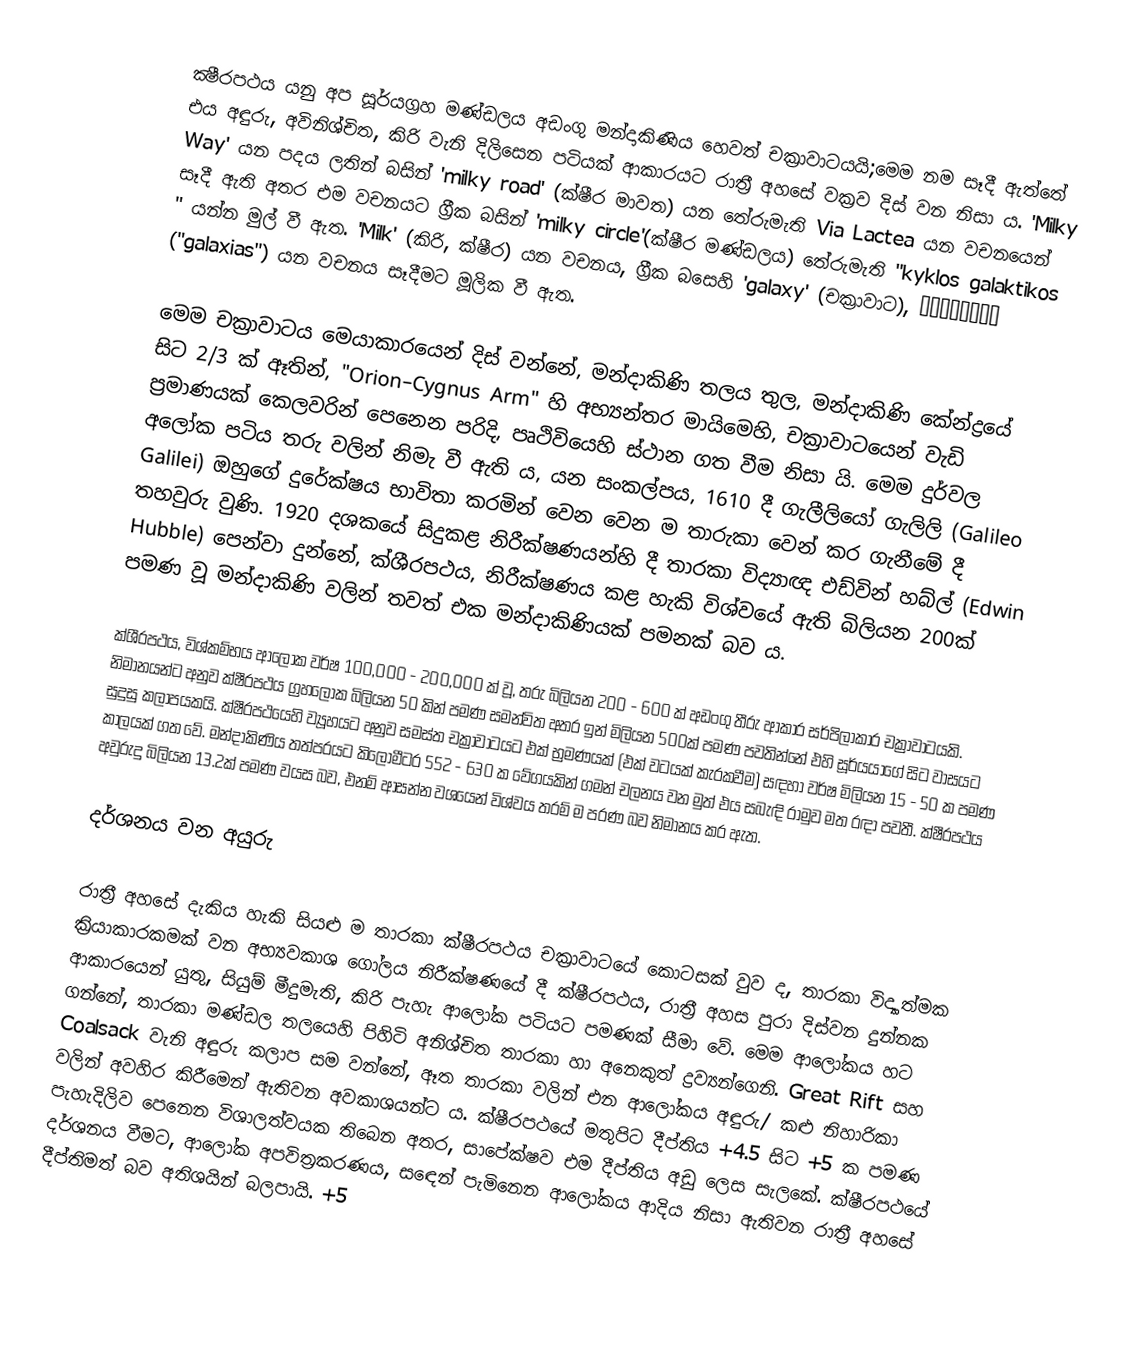
ක්‍ෂීරපථය  යනු අප සූර්යග්‍රහ මණ්ඩලය අඩංගු මන්දාකිණිය හෙවත් චක්‍රාවාටයයි;මෙම නම සෑදී ඇත්තේ එය අඳුරු, අවිනිශ්චිත, කිරි වැනි දිලිසෙන පටියක් ආකාරයට රාත්‍රී අහසේ වක්‍රව දිස් වන නිසා ය. 'Milky Way'  යන පදය ලතින් බසින් 'milky road' (ක්ෂීර මාවත) යන තේරුමැති Via Lactea යන වචනයෙන් සෑදී ඇති අතර එම වචනයට ග්‍රීක බසින් 'milky circle'(ක්ෂීර මණ්ඩලය) තේරුමැති "kyklos galaktikos " යන්න මුල් වී ඇත. 'Milk' (කිරි, ක්ෂීර) යන වචනය, ග්‍රීක බසෙහි 'galaxy' (චක්‍රාවාට), γαλαξίας ("galaxias") යන වචනය සෑදීමට මූලික වී ඇත.

මෙම චක්‍රාවාටය මෙයාකාරයෙන් දිස් වන්නේ, මන්දාකිණි තලය තුල, මන්දාකිණි කේන්ද්‍රයේ සිට 2/3 ක් ඈතින්, "Orion–Cygnus Arm"  හි අභ්‍යන්තර මායිමෙහි, චක්‍රාවාටයෙන් වැඩි ප්‍රමාණයක් කෙලවරින් පෙනෙන පරිදි, පෘථිවියෙහි ස්ථාන ගත වීම නිසා යි. මෙම දුර්වල අලෝක පටිය තරු වලින් නිමැ වී ඇති ය, යන සංකල්පය, 1610 දී ගැලීලියෝ ගැලිලි (Galileo Galilei) ඔහුගේ දුරේක්ෂය භාවිතා කරමින් වෙන වෙන ම තාරුකා වෙන් කර ගැනීමේ දී තහවුරු වුණි. 1920 දශකයේ සිදුකළ නිරීක්ෂණයන්හි දී තාරකා විද්‍යාඥ එඩ්වින් හබ්ල් (Edwin Hubble) පෙන්වා දුන්නේ, ක්ශීරපථය, නිරීක්ෂණය කළ හැකි විශ්වයේ ඇති බිලියන 200ක් පමණ වූ මන්දාකිණි වලින් තවත් එක මන්දාකිණියක් පමනක් බව ය.

ක්ශීරපථය, විශ්කම්භය ආලෝක වර්ෂ 100,000 - 200,000 ක් වූ, තරු බිලියන 200 - 600 ක් අඩංගු තීරු ආකාර සර්පිලාකාර චක්‍රාවාටයකි. නිමානයන්ට අනුව ක්ෂීරපථය ග්‍රහලෝක බිලියන 50 කින් පමණ සමන්විත අතර ඉන් මිලියන 500ක් පමණ පවතින්නේ එහි සූර්යයාගේ සිට වාසයට සුදුසු කලාපයකයි. ක්ෂීරපථයෙහි ව්‍යූහයට අනුව සමස්ත චක්‍රාවාටයට එක් භ්‍රමණයක් (එක් වටයක් කැරකවීම) සඳහා වර්ෂ මිලියන 15 - 50 ක පමණ කාලයක් ගත වේ. මන්දාකිණිය තත්පරයට කිලෝමීටර 552 - 630 ක වේගයකින් ගමන් චලනය වන මුත් එය සබැඳි රාමුව මත රඳා පවතී. ක්ෂීරපථය අවුරුදු බිලියන 13.2ක් පමණ වයස බව, එනම් ආසන්න වශයෙන් විශ්වය තරම් ම පරණ බව නිමානය කර ඇත.

දර්ශනය වන අයුරු

රාත්‍රී අහසේ දැකිය හැකි සියළු ම තාරකා ක්ෂීරපථය චක්‍රාවාටයේ කොටසක් වුව ද, තාරකා විද්‍යාත්මක ක්‍රියාකාරකමක් වන අභ්‍යවකාශ ගෝලය නිරීක්ෂණයේ දී ක්ෂීරපථය,  රාත්‍රී අහස පුරා දිස්වන දුන්නක ආකාරයෙන් යුතු, සියුම් මීදුමැති, කිරි පැහැ ආලෝක පටියට පමණක් සීමා වේ. මෙම ආලෝකය හට ගන්නේ, තාරකා මණ්ඩල තලයෙහි පිහිටි අනිශ්චිත තාරකා හා අනෙකුත් ද්‍රව්‍යන්ගෙනි. Great Rift සහ Coalsack වැනි අඳුරු කලාප සම වන්නේ, ඈත තාරකා වලින් එන ආලෝකය අඳුරු/ කළු නිහාරිකා වලින් අවහිර කිරීමෙන් ඇතිවන අවකාශයන්ට ය. ක්ෂීරපථයේ මතුපිට දීප්තිය +4.5 සිට +5 ක පමණ පැහැදිලිව පෙනෙන විශාලත්වයක තිබෙන අතර, සාපේක්ෂව එම දීප්තිය අඩු ලෙස සැලකේ. ක්ෂීරපථයේ දර්ශනය වීමට, ආලෝක අපවිත්‍රකරණය, සඳෙන් පැමිනෙන ආලෝකය ආදිය නිසා ඇතිවන රාත්‍රී අහසේ දීප්තිමත් බව අතිශයින් බලපායි. +5